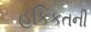
હકિકતની